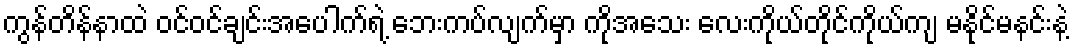
ကွန်တိန်နာထဲ ဝင်ဝင်ချင်းအပေါက်ရဲ့ ဘေးကပ်လျက်မှာ ကိုအသေး လေးကိုယ်တိုင်ကိုယ်ကျ မနိုင်မနင်းနဲ့